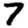
Digit: 7